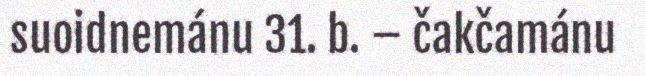
suoidnemánu 31. b. – čakčamánu